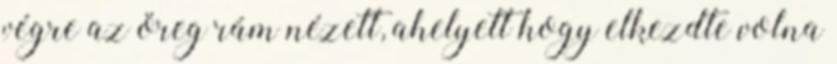
végre az öreg rám nézett, ahelyett hogy elkezdte volna